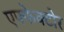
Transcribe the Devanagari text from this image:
एफ्फेक्टोर